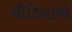
પીડિતાએ